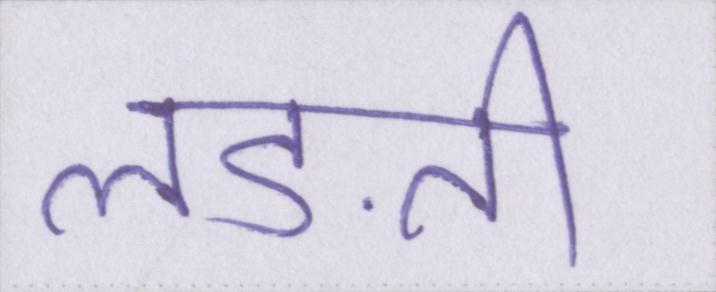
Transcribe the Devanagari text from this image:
लड़ती